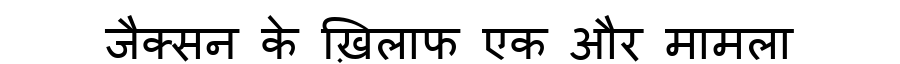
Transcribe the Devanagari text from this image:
जैक्सन के ख़िलाफ एक और मामला